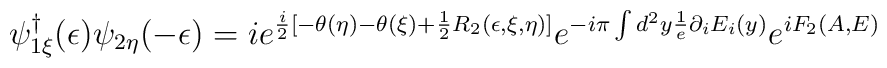
\psi^\dagger_{1\xi}(\epsilon)\psi_{2\eta}(-\epsilon)=ie^{\frac{i}{2}[-\theta(\eta)-\theta(\xi)+\frac{1}{2}R_2(\epsilon,\xi,\eta)]}e^{-i\pi\int d^2y \frac{1}{e}\partial_iE_i(y)}e^{iF_2(A,E)}